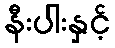
နီးပါးနှင့်